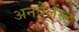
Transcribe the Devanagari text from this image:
अनबैलेंस्ड